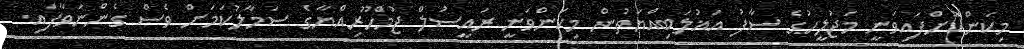
މިކަންކޮށްފައިވަނީ މަޖުލީހުގެ ސާފު އަޣުލަބިއްޔަތުން މިކަންވަނީ ރައީސުލް ޖުމްހޫރިއްޔާގެ ސަމާލުކަމަށް ވެސް ގެންނަވާފައި.